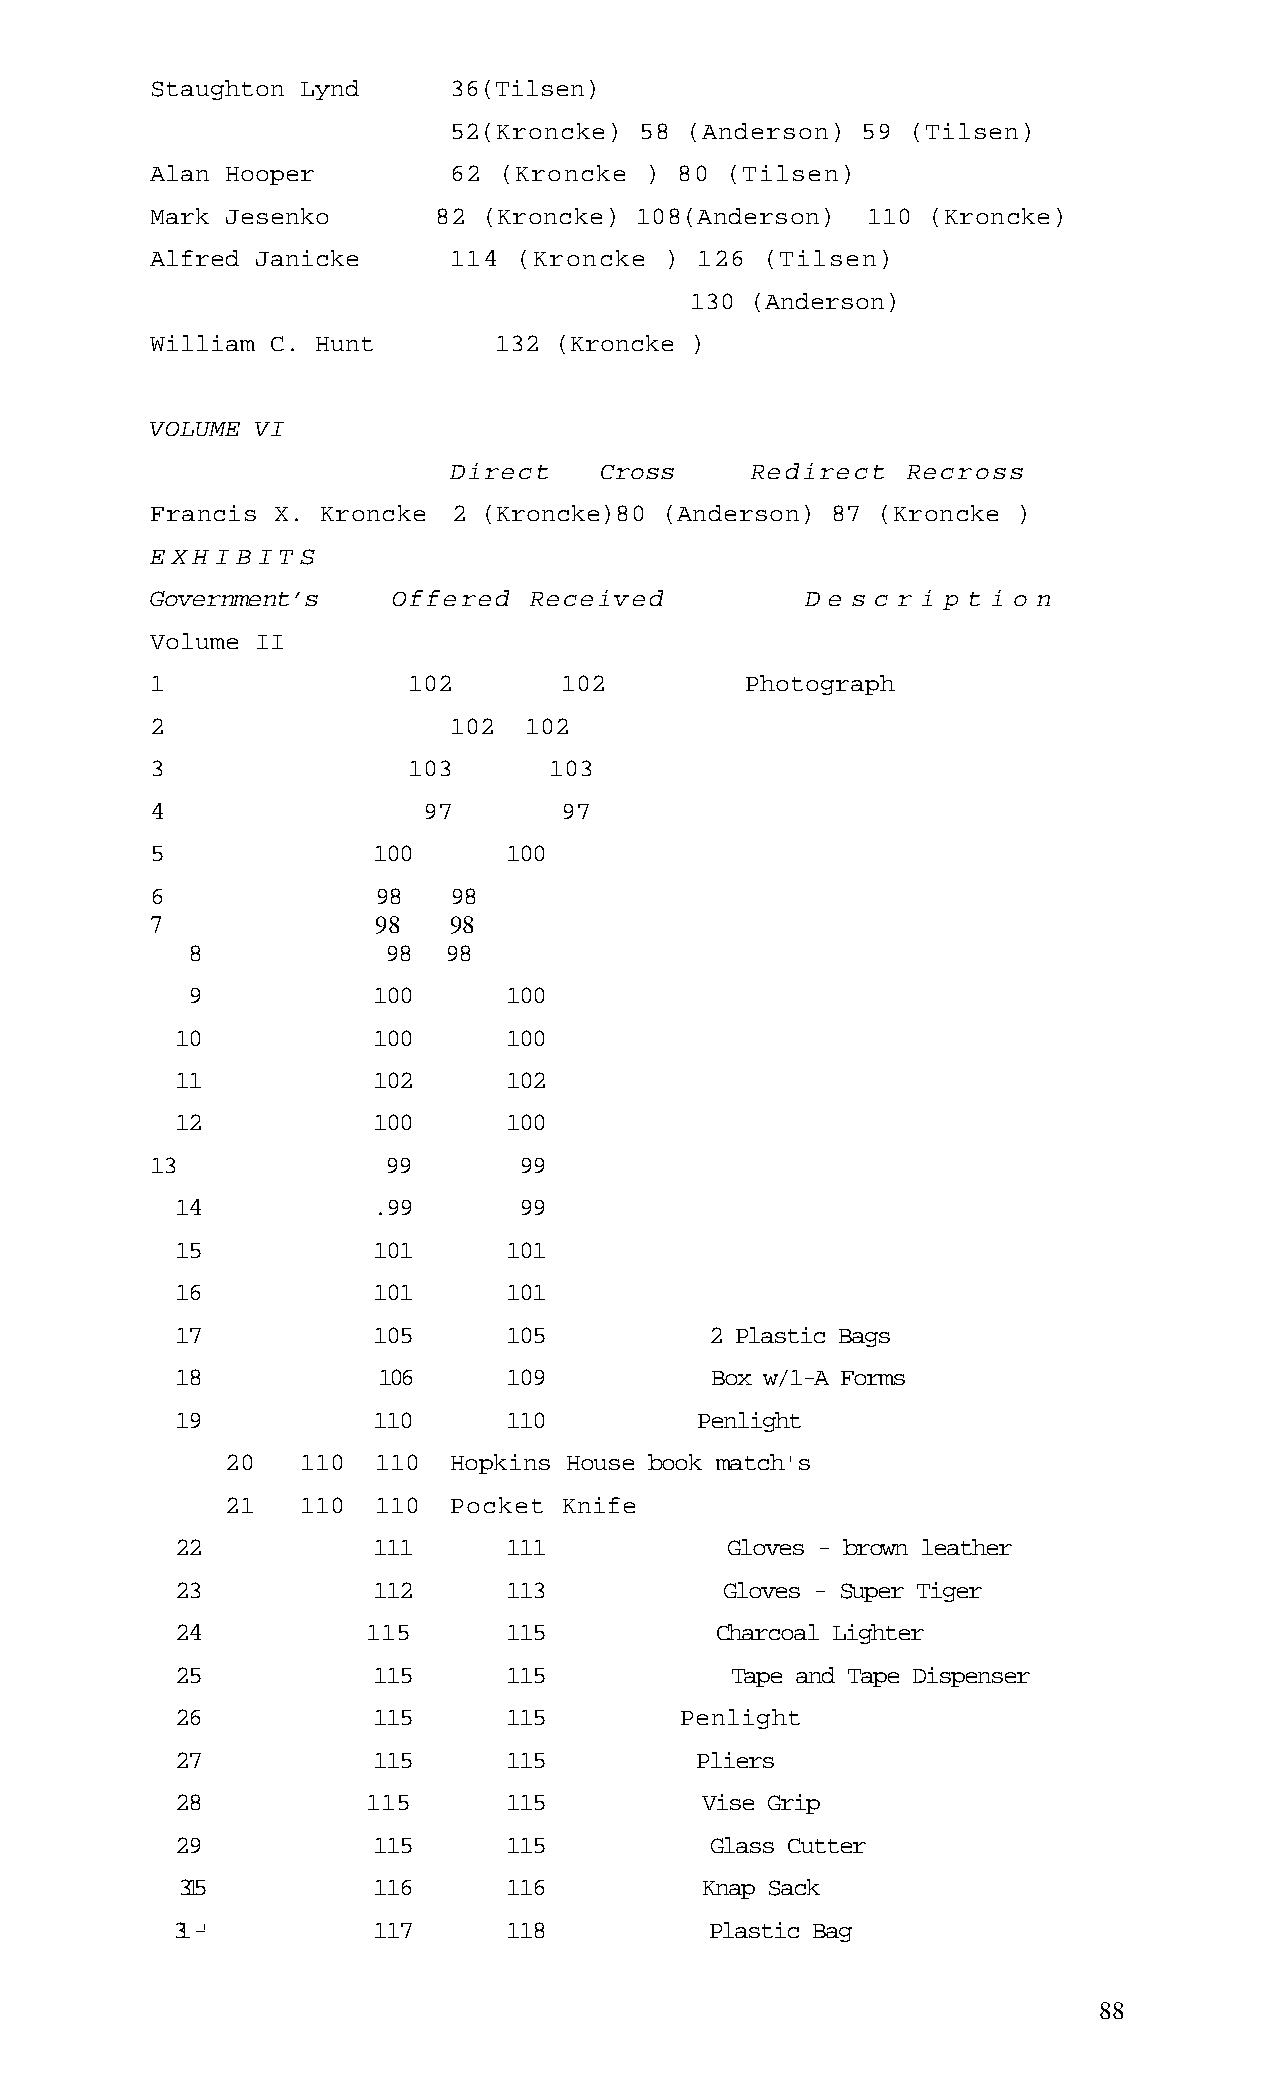
Staughton Lynd      36(Tilsen)
 52(Kroncke) 58  (Anderson) 59 (Tilsen)
 Alan Hooper         62 (Kroncke  ) 80 (Tilsen)
 Mark Jesenko       82 (Kroncke) 108(Anderson)  110 (Kroncke)
 Alfred Janicke      114 (Kroncke  ) 126  (Tilsen)
 130 (Anderson)
 William C. Hunt        132 (Kroncke )
 VOLUME VI
 Direct    Cross     Redirect  Recross
 Francis X. Kroncke  2 (Kroncke)80 (Anderson) 87 (Kroncke )
 E X H I B I T S
 Government’s    Offered  Received          D e s c r i p t i o n
 Volume II
 1                102       102         Photograph
 2                   102  102
 3                103      103
 4                 97       97
 5              100      100
 6              98   98
 7              98   98
 8             98 98
 9            100      100
 10           100      100
 11           102      102
 12           100      100
 13              99      99
 14           .99      99
 15           101      101
 16           101      101
 17           105      105          2 Plastic Bags
 18           106      109          Box w/1-A Forms
 19           110      110         Penlight
 20   110  110  Hopkins House book match's
 21   110  110  Pocket Knife
 22           111      111           Gloves - brown leather
 23           112      113           Gloves - Super Tiger
 24          115       115          Charcoal Lighter
 25           115      115           Tape and Tape Dispenser
 26           115      115        Penlight
 27           115      115         Pliers
 28          115       115         Vise Grip
 29           115      115          Glass Cutter
 315          116      116         Knap Sack
 31-'          117      118          Plastic Bag
 88